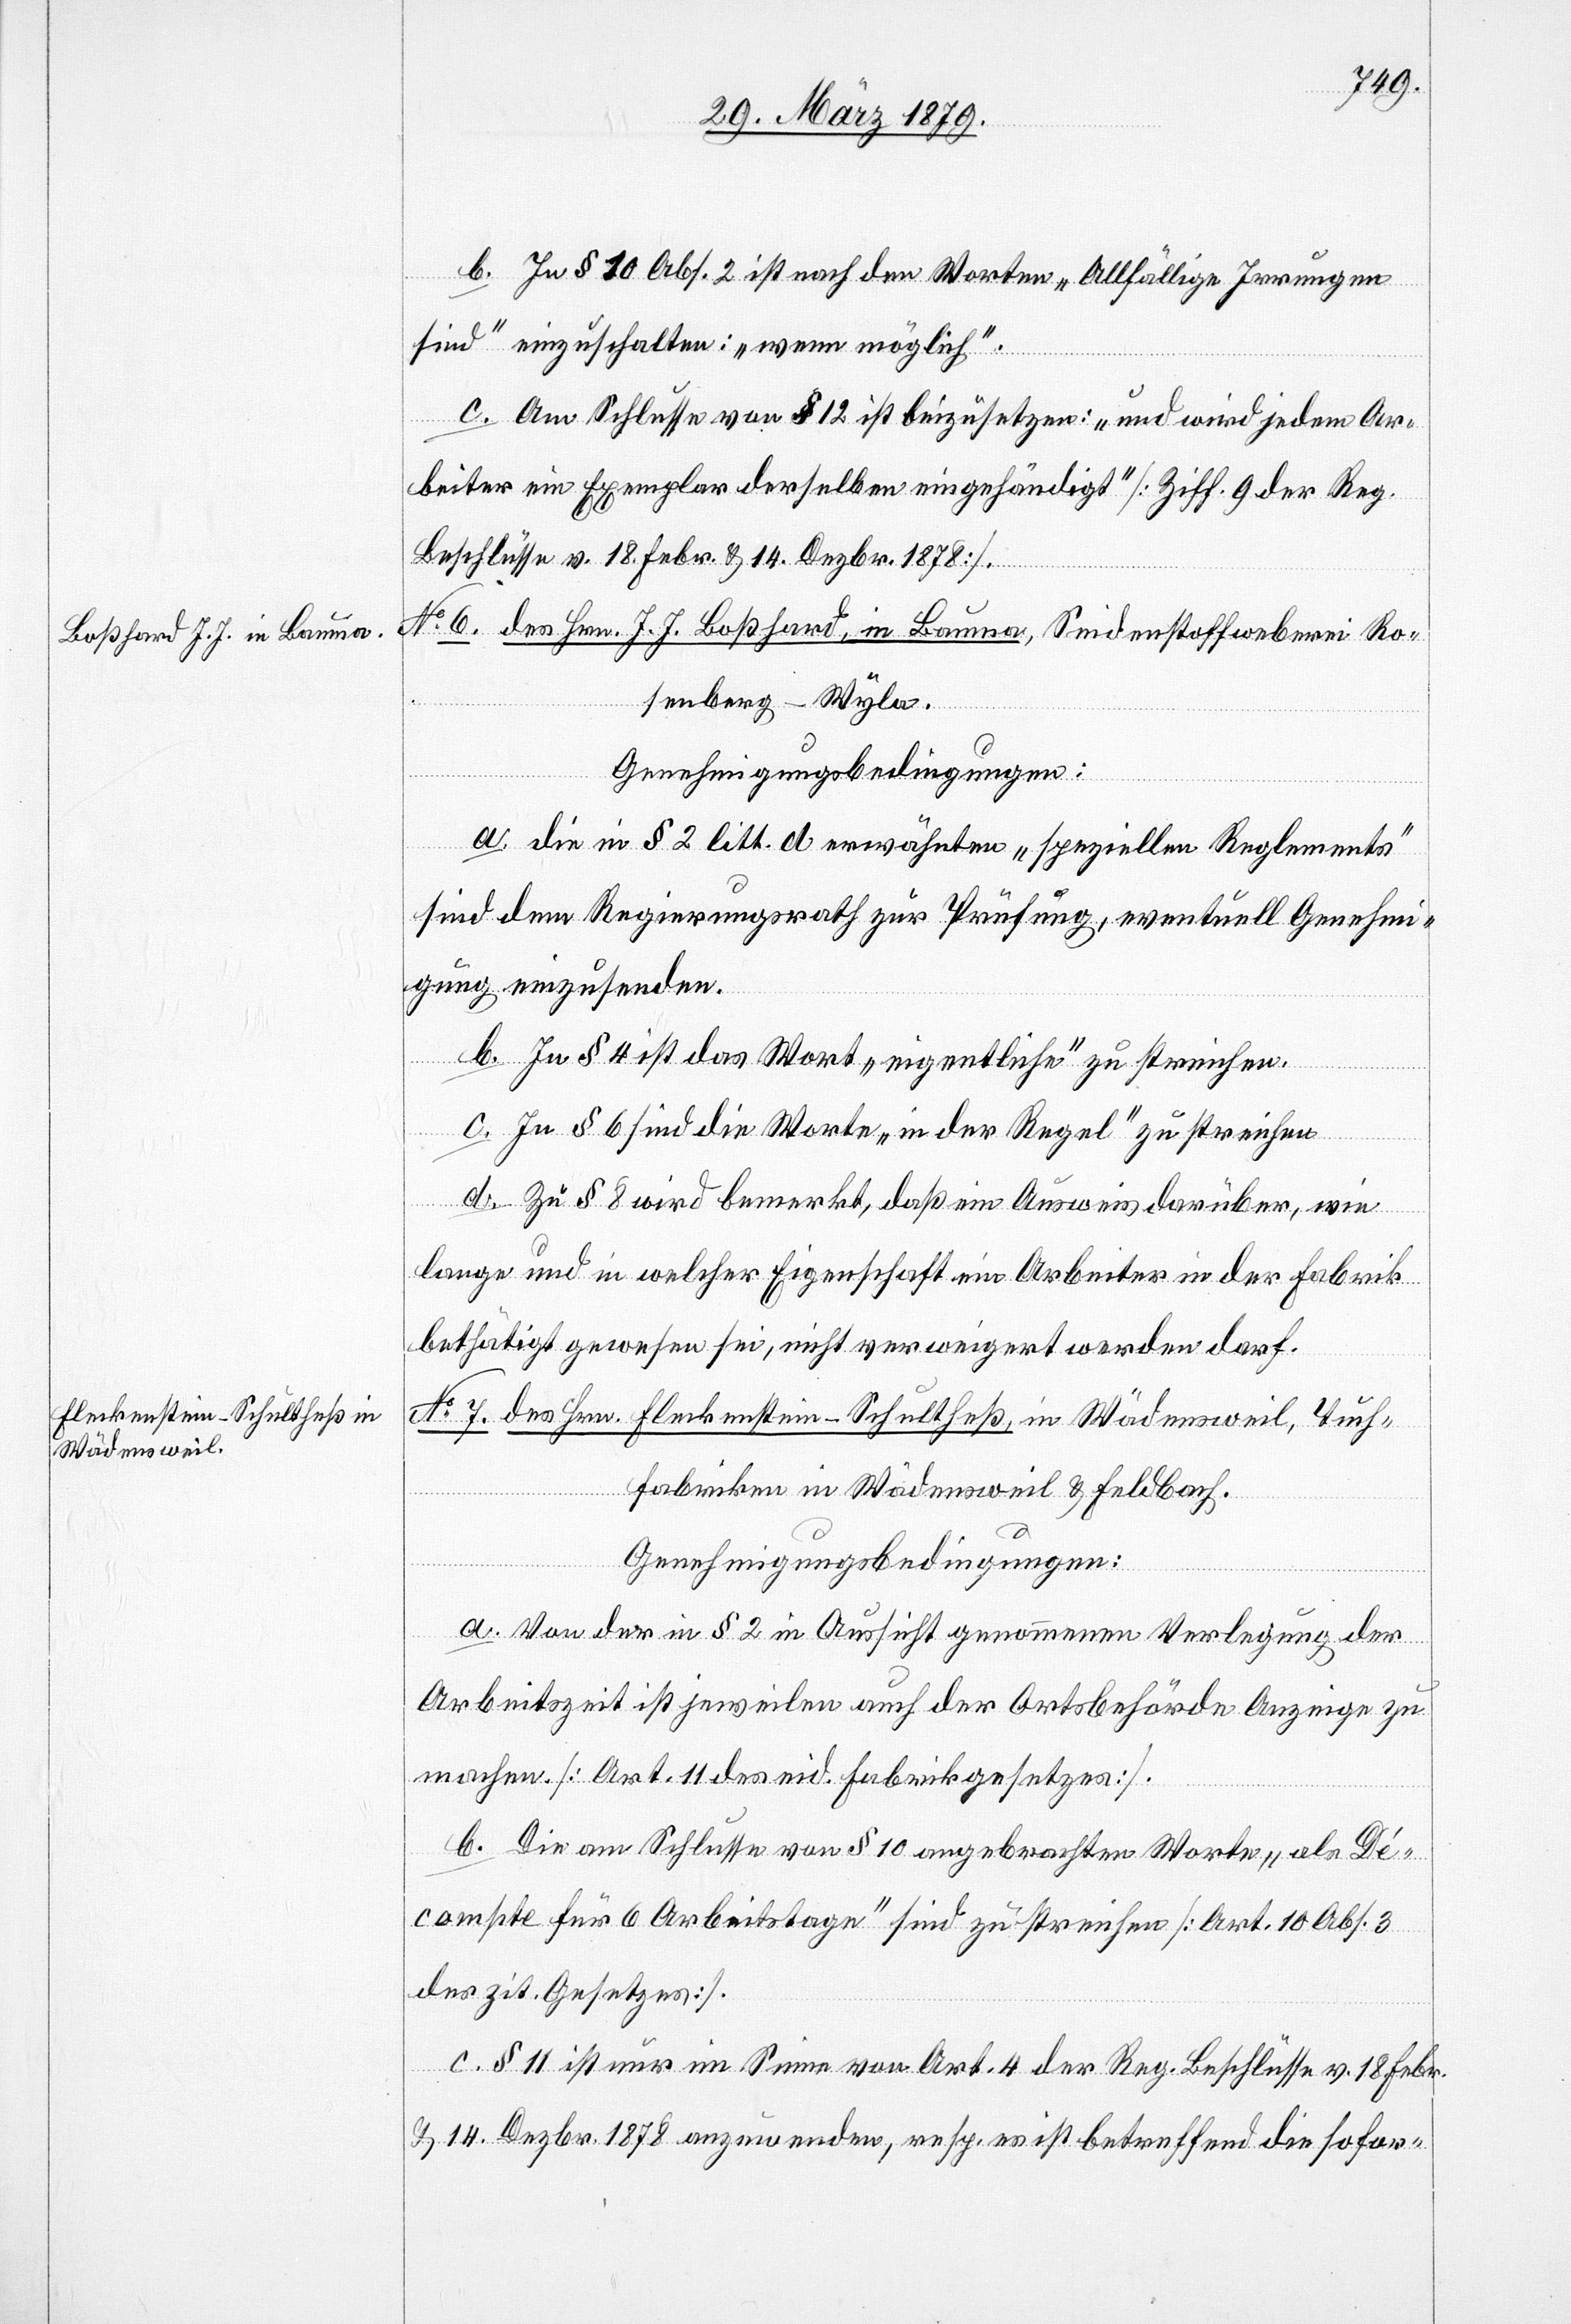
b. In § 10 ist nach den Worten „Allfällige Irrungen
sind“ einzuschalten: „wenn möglich“.
c. Am Schlusse von § 12 ist beizusetzen: „und wird jedem Ar¬
beiter ein Exemplar derselben ausgehändigt“ [Ziff 9 der Reg.
Beschlüsse v. 18. Febr. & 14. Dezbr. 1878].
No 6. des Hrn. J. J. Boßhard, in Bauma, Seidenstoffweberei Ro¬
senberg - Wyla.
Genehmigungsbedingungen:
a. Die in litt. d erwähnten „speziellen Reglements“
sind dem Regierungsrath zur Prüfung, eventuell Genehmi¬
gung einzusenden.
b. In § 4 ist das Wort „eigentliche“ zu streichen.
c. In § 6 sind die Worte „in der Regel“ zu streichen.
d. Zu § 8 wird bemerkt, daß ein Ausweis darüber, wie
lange und in welcher Eigenschaft ein Arbeiter in der Fabrik
bethätigt gewesen sei, nicht verweigert werden darf.
No 7. des Hrn. Fleckenstein-Schultheß, in Wädensweil, Tuch¬
fabriken in Wädensweil & Feldbach.
Genehmigungsbedingungen:
a. Von der in § 2 in Aussicht genommenen Verlegung der
Arbeitszeit ist jeweilen auch der Ortsbehörde Anzeige zu
machen. [Art. 11 des eid. Fabrikgesetzes].
b. Die am Schlusse von § 10 angebrachten Worte „als Dé¬
compte für 6 Arbeitstage“ sind zu streichen [Art. 10 Abs. 3
des zit. Gesetzes].
c. § 11 ist nur im Sinne von Art. 4 der Reg. Beschlüsse vom 18. Febr.
& 14. Dezbr. 1878 anzuwenden, resp. es ist betreffend die sofor-